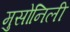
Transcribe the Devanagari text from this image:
मुसोनिली